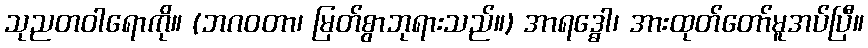
သုညတဝါရောကို။ (ဘဂဝတာ၊ မြတ်စွာဘုရားသည်။) အာရဒ္ဓေါ၊ အားထုတ်တော်မူအပ်ပြီ။